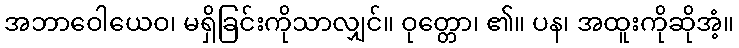
အဘာဝေါယေဝ၊ မရှိခြင်းကိုသာလျှင်။ ဝုတ္တော၊ ၏။ ပန၊ အထူးကိုဆိုအံ့။